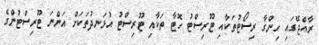
ރާއްޖޭގައި ހިންގާ ރިސޯޓުތަކާއި ޓޫރިސްޓު ހޮޓާ ތަކާއި ޓޫރިސްޓު އުޅަނދުތަކަށް އަންނަ ޓޫރިސްޓުންގެ